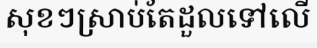
សុខៗស្រាប់តែដួលទៅលើ